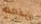
إيذائك